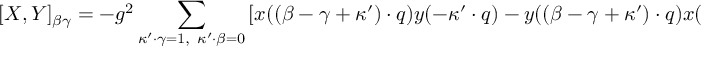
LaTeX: [ X , Y ] _ { \beta \gamma } = - g ^ { 2 } \sum _ { \kappa ^ { \prime } \cdot \gamma = 1 , \ \kappa ^ { \prime } \cdot \beta = 0 } \left[ x ( ( \beta - \gamma + \kappa ^ { \prime } ) \cdot q ) y ( - \kappa ^ { \prime } \cdot q ) - y ( ( \beta - \gamma + \kappa ^ { \prime } ) \cdot q ) x ( - \kappa ^ { \prime } \cdot q ) \right] ,